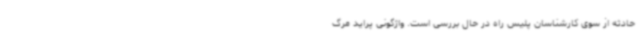
حادثه از سوی کارشناسان پلیس راه در حال بررسی است. واژگونی پراید مرگ